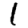
Digit: 1